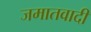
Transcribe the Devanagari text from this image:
जमातवादी